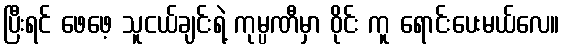
ပြီးရင် ဖေဖေ့ သူငယ်ချင်းရဲ့ ကုမ္ပဏီမှာ ဝိုင်း ကူ ရောင်းပေးမယ်လေ။